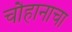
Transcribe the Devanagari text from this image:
चौहानाचा